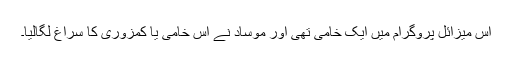
اس میزائل پروگرام میں ایک خامی تھی اور موساد نے اس خامی یا کمزوری کا سراغ لگالیا۔